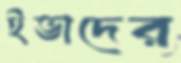
ইভাদের